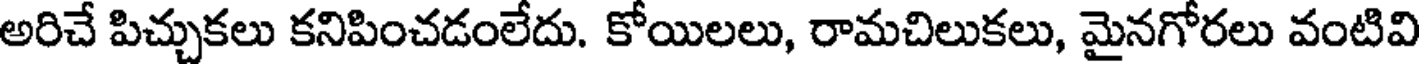
అరిచే పిచ్చుకలు కనిపించడంలేదు. కోయిలలు, రామచిలుకలు, మైనగోరలు వంటివి